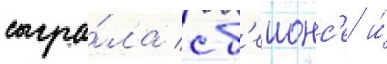
сыгра́ла с б'еионс'е и́